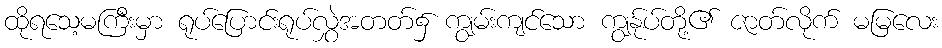
ထိုရသေ့မကြီးမှာ ရုပ်ပြောင်းရုပ်လွှဲအတတ်၌ ကျွမ်းကျင်သော ကျွန်ုပ်တို့၏ ဇာတ်လိုက် မမြလေး